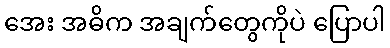
အေး အဓိက အချက်တွေကိုပဲ ပြောပါ